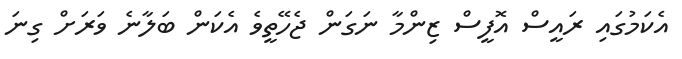
އެކަމުގައި ރައީސް އޮފީސް ޒިންމާ ނަގަން ޖެހޭތީވެ އެކަން ބަލާނެ ވަަރަށް ގިނަ